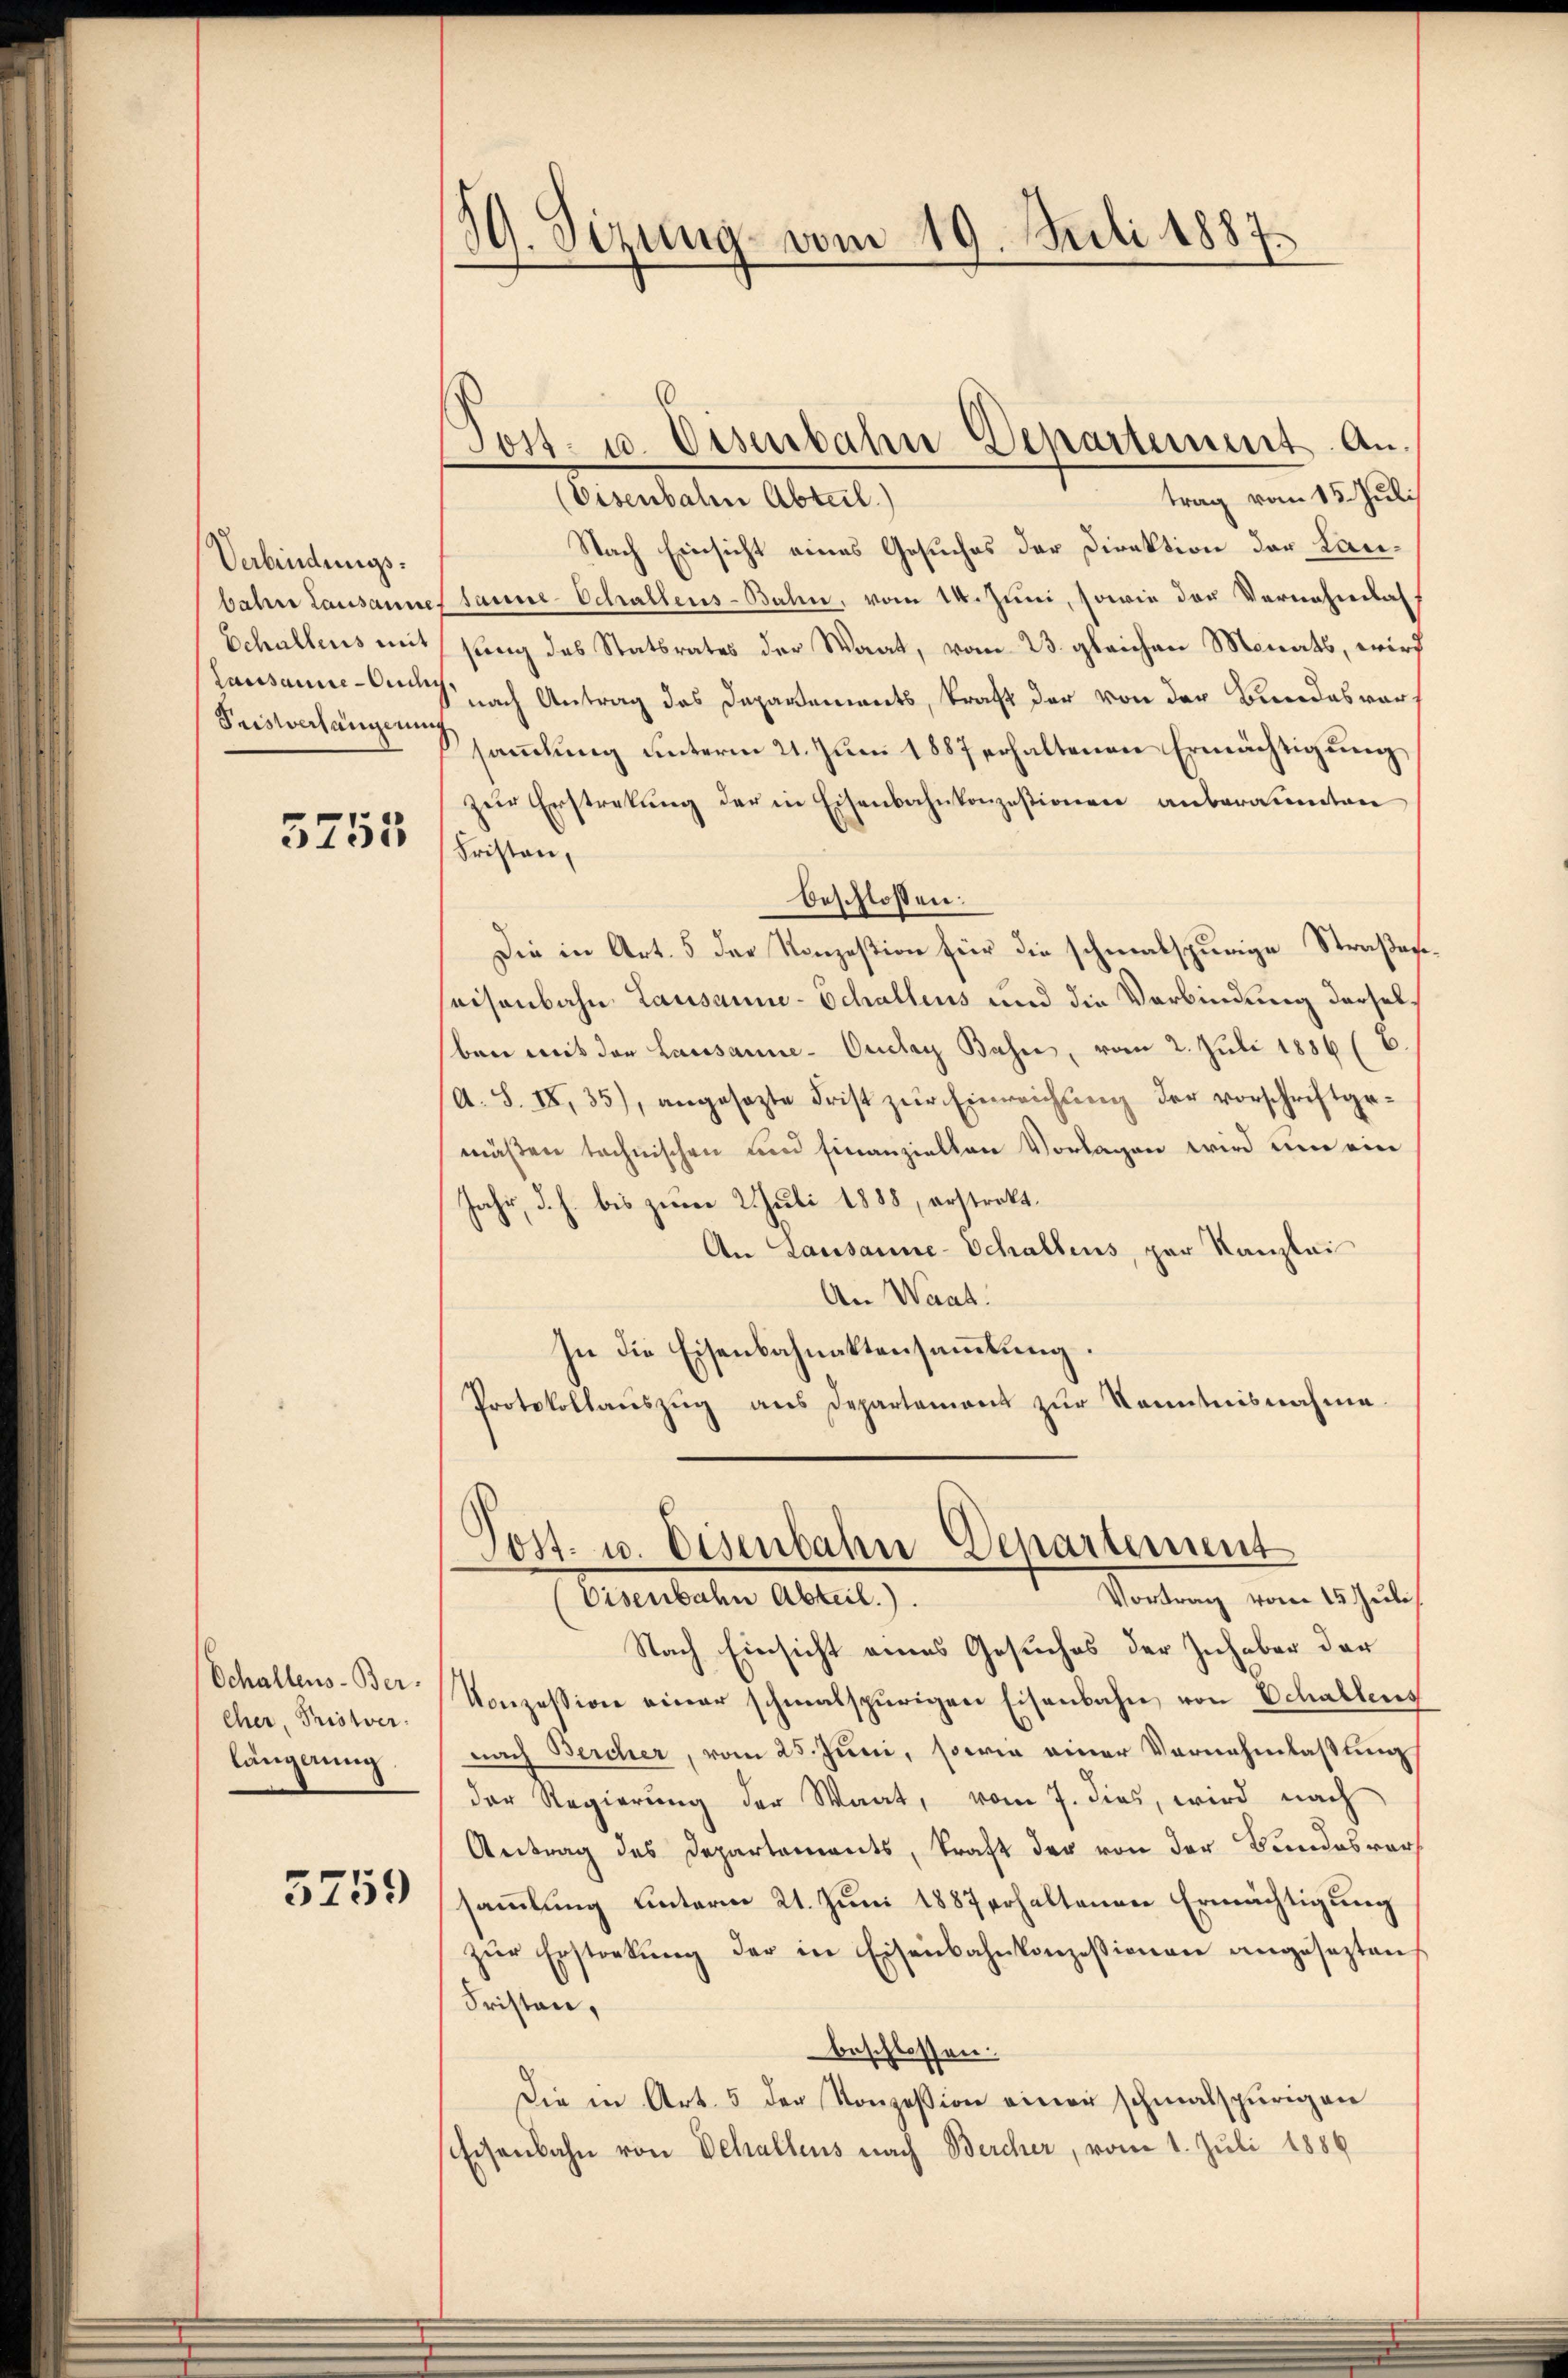
Verbindungs¬
Fristverhängerung

5755

Schallens-Ber-
eher, Pristver-
länglung.

5759

59. Sizung vom 19. Juli 1887.

trag vom 15. Juli
(Eisenbale Abteil)
Nach Einsicht eines Gesuches der Direktion der Lanbahre Lausannes sanie-Schaltens-Bahn, vom 14. Juni, sowie der Vernehmlas
Echallens mit jung des Statsrates der Waat, vom 23. gleichen Monats, wird
Lausanne nach Antrag das Departements, Kraft der von der Bundesvorsammlung unterm 21. Juni 1887 erhaltenen Ermächtigung,
zur Erstretung der in Eisenbahnkonzestionen anberaumten
Fristen,
beschlossen:
Die in Art. 5 der Konzestion für die schmalspurige Straßenseisenbahn Lausanne-Schallens und die Verbindung derselben mit der Lausanne-Ouclay Bahn, vom 2. Juli 1886 (E.
(A. S. IX, 35), angesezte Frist zur Einreichung der vorschriftgemäßen technischen und finanziellen Vorlagen wird um ein
Jahr, d. h. bis zum 2. Juli 1888, erstrakt.
An Lausanne-Schaltens, par Kanzlei
An Waat.
In die Eisenbahnaktensammlung.
Protokollaŭszŭg ans Departement zŭr Kenntnisnahme

.
Post- u. Osenbahn Departement. An¬

Nach Einsicht eines Gesuches der Inhaber der
Konzession einer schmalspurigen Eisenbahn von Schallens
nach Bercher, vom 25. Juni, sowie einer Vornehmlassung
der Regierung der Waat, vom 7. dies, wird nach
Antrag des Departements, Kraft der von der Bundesversammlung unterm 21. Juni 1887 erhaltenen Ermächtigung
zŭr Ersterkŭng der in Eisenbahnkonzessionen angesezten
Fristen,
beschlossen:
Die in Art. 5 der Konzession einer schmalspurigen
Eisenbahn von Dehaltens nach Bercher, vom 1. Juli 1889

Post- u. Eisenbahn-Departement
Vortrag vom 15. Juli
Eisenbahn Abteil.).